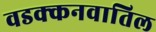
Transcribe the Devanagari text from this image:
वडक्कनवातिल